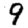
Digit: 9